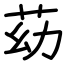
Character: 苭